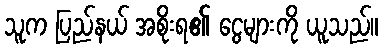
သူက ပြည်နယ် အစိုးရ၏ ငွေများကို ယူသည်။